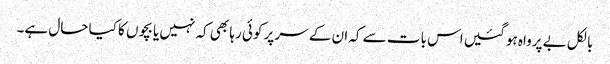
بالکل بے پرواہ ہو گئیں اس بات سے کہ ان کے سر پر کوئی رہا بھی کہ نہیں یا بچوں کا کیا حال ہے۔